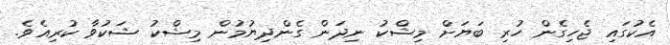
އެކުގައި ޖެހިގެން ހުރި ބަޔަށް މިޝްކު ނިދަން ގެންދިޔުމުން މިޝްކު ޝަކުވާ ކުރިއެވެ.